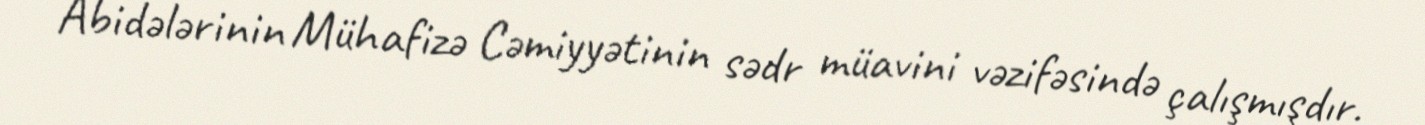
Abidələrinin Mühafizə Cəmiyyətinin sədr müavini vəzifəsində çalışmışdır.